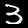
Digit: 3